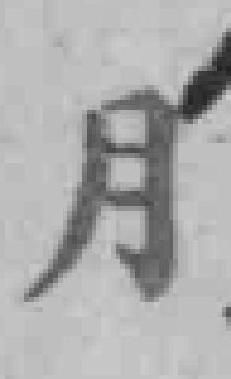
月